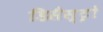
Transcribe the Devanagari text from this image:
डिसैस्ट्रो